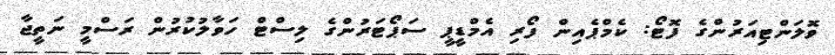
ވޮލަންޓިއަރުންގެ ފޮޓޯ: ކެމްޕެއިން ފޯރި އެމްޑީޕީ ސަޕޯޓަރުންގެ ލިސްޓް ހަވާލުކުރުން ރަސްމީ ނަތީޖާ